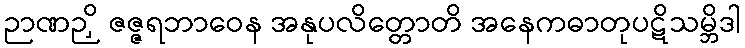
ဉာဏဉှိ ဇဇ္ဇရဘာဝေန အနုပလိတ္တောတိ အနေကဓာတုပဋိသမ္ဘိဒါ